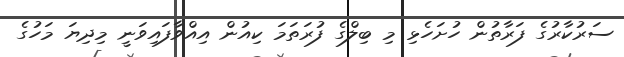
ސަރުކާރުގެ ފަރާތުން ހުށަހެޅި މި ބިލްގެ ފުރަތަމަ ކިއުން އިއްވާފައިވަނީ މިދިޔަ މަހުގެ